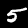
Label: 5